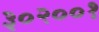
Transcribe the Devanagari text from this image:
३०२००१